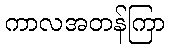
ကာလအတန်ကြာ